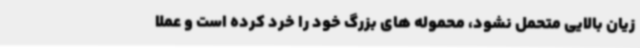
زیان بالایی متحمل نشود، محموله های بزرگ خود را خرد کرده است و عملا